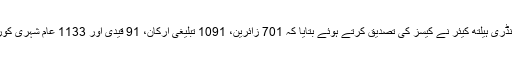
ترجمان پرائمری اینڈ سیکنڈری ہیلتھ کیئر نے کیسز کی تصدیق کرتے ہوئے بتایا کہ 701 زائرین، 1091 تبلیغی ارکان، 91 قیدی اور 1133 عام شہری کورونا وائرس میں مبتلا ہیں۔